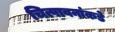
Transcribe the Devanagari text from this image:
चित्पावनांकडे